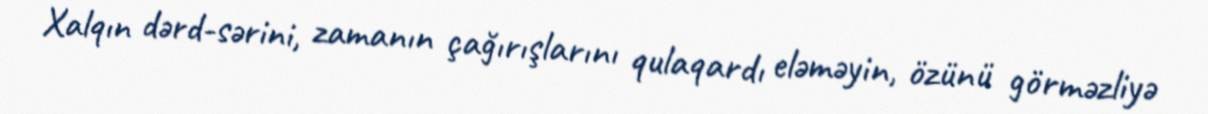
Xalqın dərd-sərini, zamanın çağırışlarını qulaqardı eləməyin, özünü görməzliyə